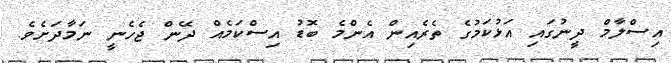
އިސްލާމް ދީނުގައި އަޅުކަމުގެ ތެރެއިން އެންމެ ބޮޑު އިސްކަމެއް ދޭން ޖެހެނީ ނަމާދަށެވެ.